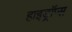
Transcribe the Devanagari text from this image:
हाइड्रॉप्स